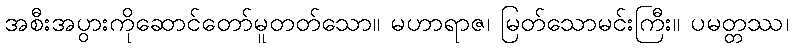
အစီးအပွားကိုဆောင်တော်မူတတ်သော။ မဟာရာဇ၊ မြတ်သောမင်းကြီး။ ပမတ္တဿ၊